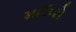
માઉરો